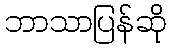
ဘာသာပြန်ဆို